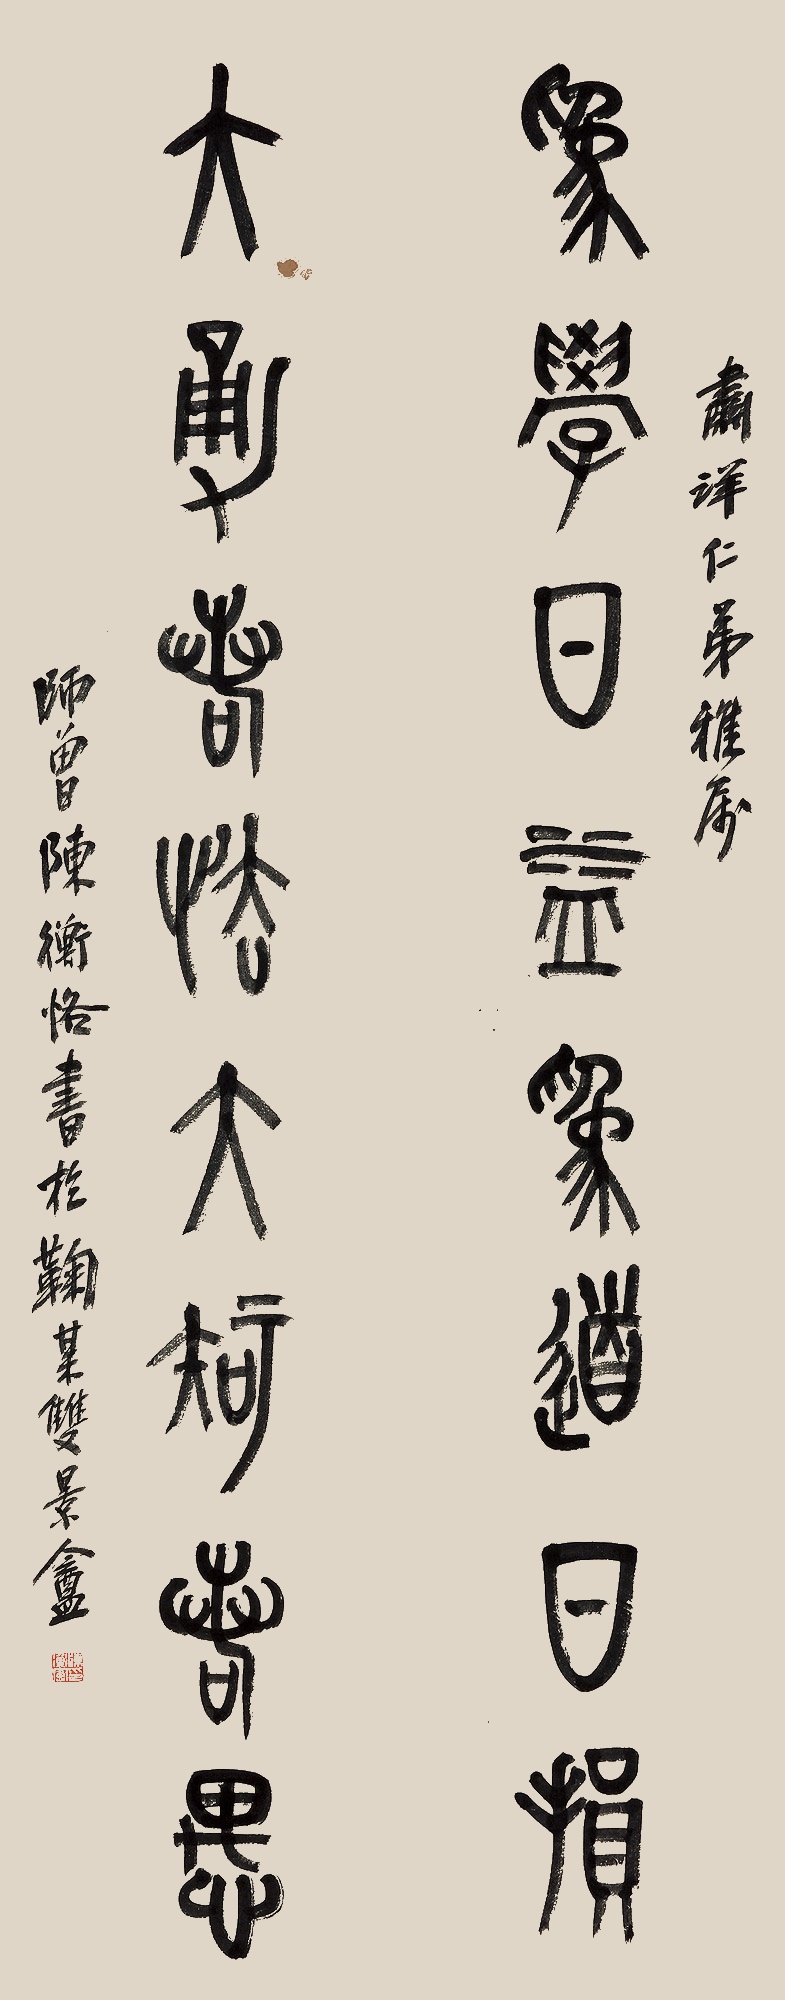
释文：为学日益为道日损，大勇若怯大智若愚。肃详仁弟雅属，师曾陈衡恪书于鞠某双景盦。